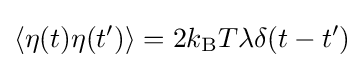
\left\langle \eta (t)\eta (t')\right\rangle =2k_{\text{B}}T\lambda \delta (t-t')